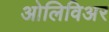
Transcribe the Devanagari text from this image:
ओलिविअर